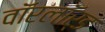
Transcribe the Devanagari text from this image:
वॉरलॉर्ड